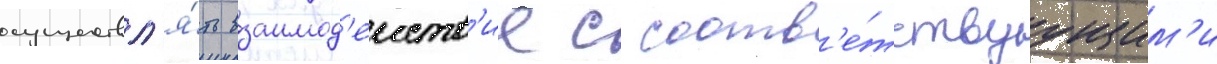
осуществл'я́ть взаимод'еиств'ие с соотв'е́тствуущим'и